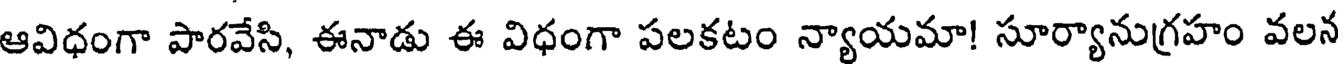
ఆవిధంగా పారవేసి, ఈనాడు ఈ విధంగా పలకటం న్యాయమా! సూర్యానుగ్రహం వలన